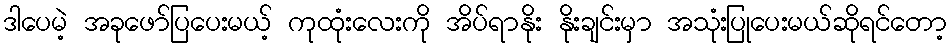
ဒါပေမဲ့ အခုဖော်ပြပေးမယ့် ကုထုံးလေးကို အိပ်ရာနိုး နိုးချင်းမှာ အသုံးပြုပေးမယ်ဆိုရင်တော့